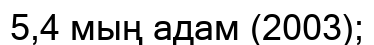
5,4 мың адам (2003);